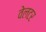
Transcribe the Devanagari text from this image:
वेलटर